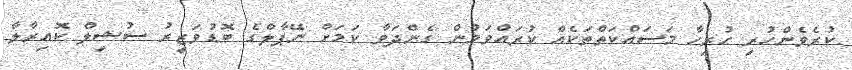
ކުރެވެންހުރި ހުރިހާ މަސައްކަތްތަކެއް ކުރައްވަމުން ގެންދަވާ ކަމަށް ނޭޕާލްގެ ބޮޑުވަޒީރު ސުޝިލް ކޮއިރާލާ